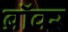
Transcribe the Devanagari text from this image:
ब्रॉवर